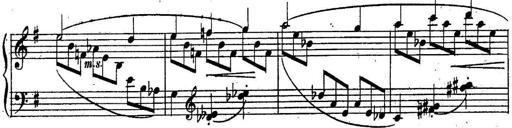
Title: Sonatine
Composer: Adrian Shaposhnikov
Key: E minor